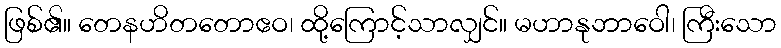
ဖြစ်၏။ တေနဟိတတောဧဝ၊ ထို့ကြောင့်သာလျှင်။ မဟာနုဘာဝေါ၊ ကြီးသော